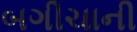
બગીચાની